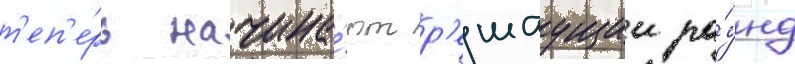
т'еп'е́рь начина́ют р'ешаущии ра́унд